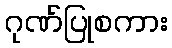
ဂုဏ်ပြုစကား